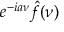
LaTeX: e ^ { - i a \nu } { \hat { f } } ( \nu )